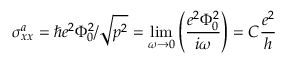
\sigma _ { x x } ^ { a } = \hbar e ^ { 2 } \Phi _ { 0 } ^ { 2 } / \sqrt { p ^ { 2 } } = \operatorname * { l i m } _ { \omega \rightarrow 0 } \left( \frac { e ^ { 2 } \Phi _ { 0 } ^ { 2 } } { i \omega } \right) = C \frac { e ^ { 2 } } { h }